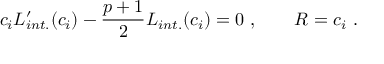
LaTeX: c _ { i } L _ { i n t . } ^ { \prime } ( c _ { i } ) - { \frac { p + 1 } { 2 } } L _ { i n t . } ( c _ { i } ) = 0 \ , \qquad R = c _ { i } \ .